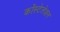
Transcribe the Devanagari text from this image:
कोंस्टेलेशन